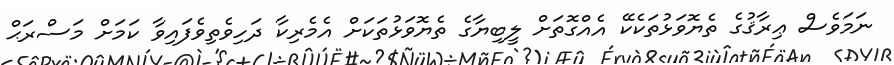
ނަމަވެސް ޢިރާޤުގެ ތެޔޮވަޅުތަކެކޭ އެއްގޮތަށް ލީބިޔާގެ ތެޔޮވަޅުތަކަށް އެމެރިކާ ދަހިވެތިވެފައިވާ ކަމަށް މަސްރަޙް